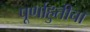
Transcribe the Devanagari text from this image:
पूर्णाहुतीचा